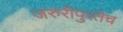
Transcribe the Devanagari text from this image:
जरुरीपुरतेच